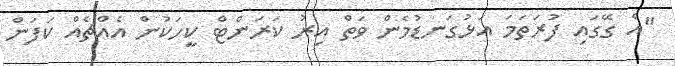
"އެ ގޭގައި ފުރަތަމަ އަޅުގަނޑުމެން ވަތް އިރު ކަރަންޓް ކީހަކުން އެއްޗެއް ކަފަން